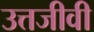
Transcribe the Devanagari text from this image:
उत्तजीवी